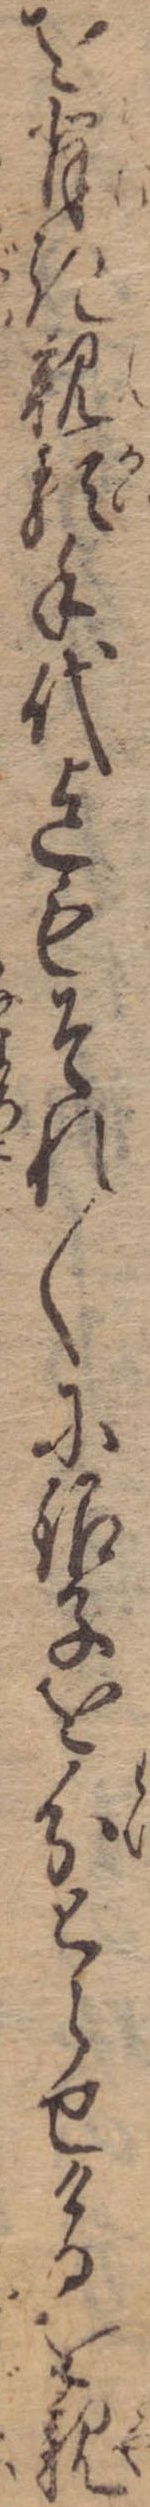
を背き親類手代迄もそれ〱に銀子を分とらせけるを親